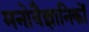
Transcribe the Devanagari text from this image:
मनाेवैज्ञानिकाें